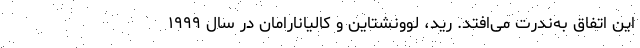
این اتفاق به‌ندرت می‌افتد. رید، لوونشتاین و کالیانارامان در سال ۱۹۹۹